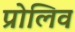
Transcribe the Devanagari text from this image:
प्रोलिव